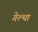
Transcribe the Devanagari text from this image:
गेल्था